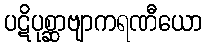
ပဋိပုစ္ဆာဗျာကရဏီယော